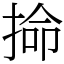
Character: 掵